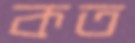
কত